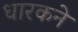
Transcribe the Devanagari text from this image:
धारकने